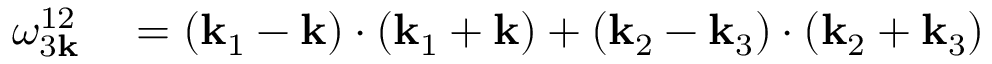
\begin{array} { r l } { \omega _ { 3 { \bf k } } ^ { 1 2 } } & { { } = ( { \bf k } _ { 1 } - { \bf k } ) \cdot ( { \bf k } _ { 1 } + { \bf k } ) + ( { \bf k } _ { 2 } - { \bf k } _ { 3 } ) \cdot ( { \bf k } _ { 2 } + { \bf k } _ { 3 } ) } \end{array}